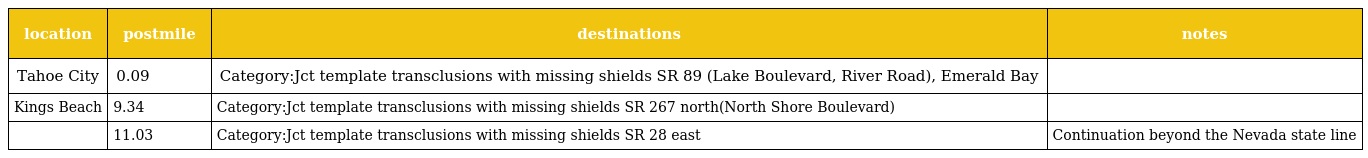
| location | postmile | destinations | notes |
 | --- | --- | --- | --- |
 | Tahoe City | 0.09 | Category:Jct template transclusions with missing shields SR 89 (Lake Boulevard, River Road), Emerald Bay |  |
 | Kings Beach | 9.34 | Category:Jct template transclusions with missing shields SR 267 north(North Shore Boulevard) |  |
 |  | 11.03 | Category:Jct template transclusions with missing shields SR 28 east | Continuation beyond the Nevada state line |